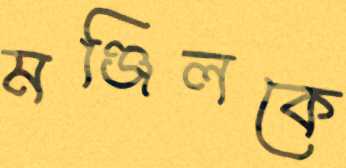
মঞ্জিলকে